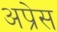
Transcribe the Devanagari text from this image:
अप्रेस